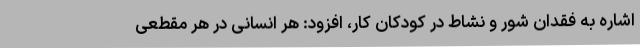
اشاره به فقدان شور و نشاط در کودکان کار، افزود: هر انسانی در هر مقطعی